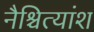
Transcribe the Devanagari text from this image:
नैश्चित्यांश